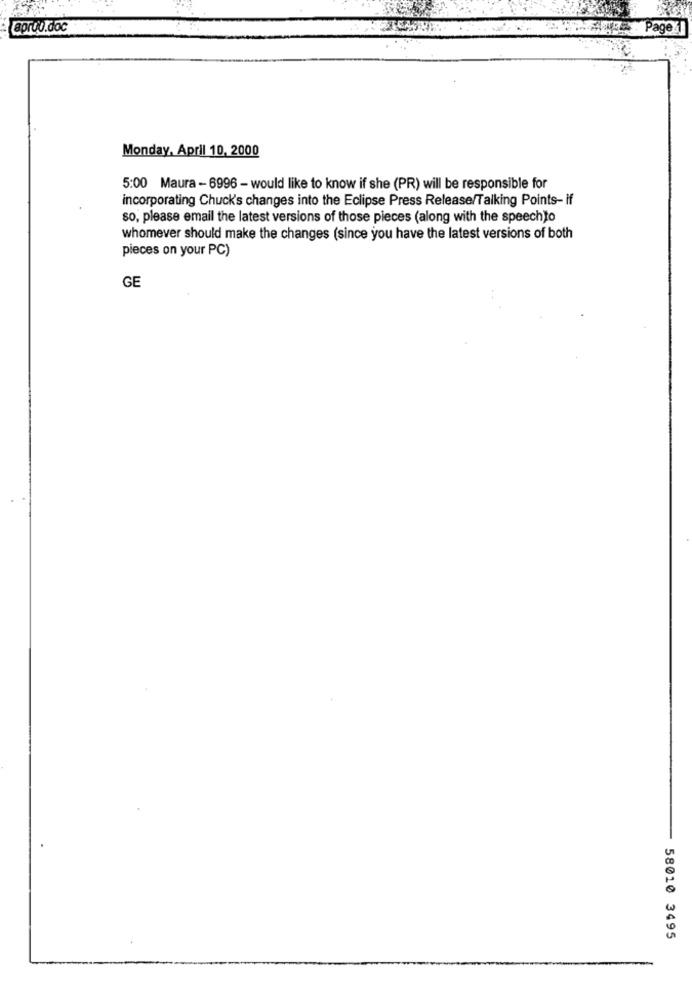
aprou.doc
Page
Monday, April 10, 2000
5:00 Maura - 6996 - would like to know if she (PR) will be responsible for
incorporating Chuck's changes into the Eclipse Press Release/Talking Points- if
so, please email the latest versions of those pieces (along with the speechto
whomever should make the changes (since you have the latest versions of both
pieces on your PC)
GE
58010 3495